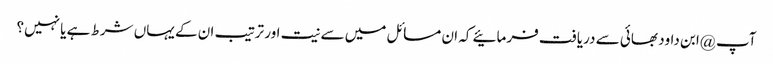
آپ @ابن داود بھائی سے دریافت فرمائیے کہ ان مسائل میں سے نیت اور ترتیب ان کے یہاں شرط ہے یا نہیں؟